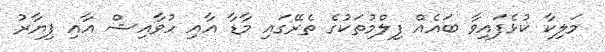
މަލިކާ ކުޅެފައިވާ ބައެއް ފިލްމުތަކުގެ ތެރޭގައި މާޑާ އާއި ހުވާއިޝް އާއި ޕިޔާރު